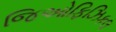
જિઓફિઝિકલ